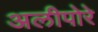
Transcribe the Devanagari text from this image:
अलीपोरे